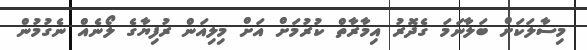
މިސާލަކަށް ބަލާނަމަ ގެދޮރު އިމާރާތް ކުރުމަށް އަށް މިލިއަން ރުފިޔާގެ ލޯނެއް ނެގުމުން